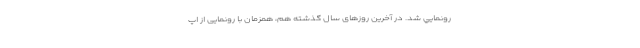
رونمايي شد. در آخرین روزهای سال گذشته هم، همزمان با رونمایی از اپ